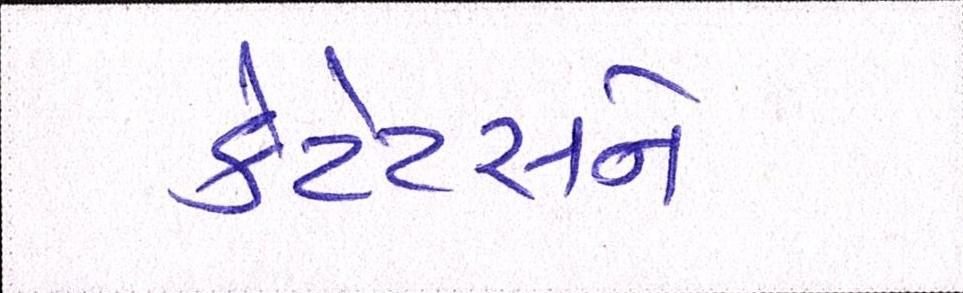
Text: કેટેટસને